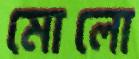
মোলো